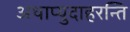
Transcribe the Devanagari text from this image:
अथाप्युदाहरन्ति